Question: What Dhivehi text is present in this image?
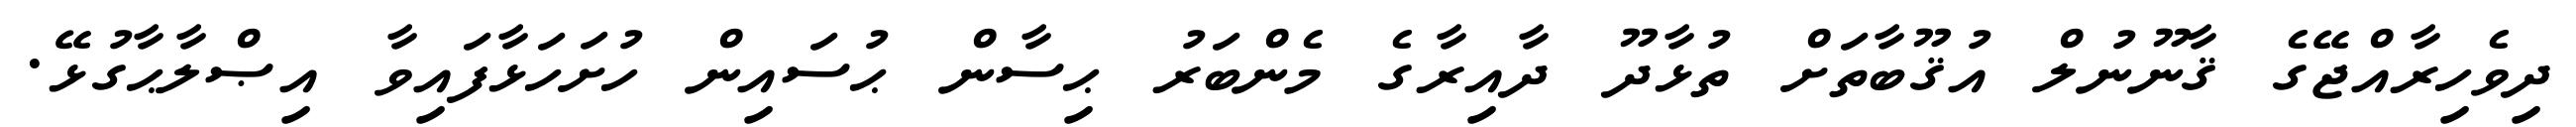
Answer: ދިވެހިރާއްޖޭގެ ޤާނޫނުލް އުޤޫބާތަށް ތުޅާދޫ ދާއިރާގެ މެންބަރު ޙިސާން ޙުސައިން ހުށަހަޅާފައިވާ އިޞްލާޙާގުޅޭ.